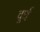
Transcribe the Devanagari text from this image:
वुर्थ